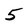
Character: 5